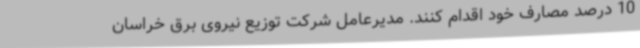
10 درصد مصارف خود اقدام کنند. مدیرعامل شرکت توزیع نیروی برق خراسان